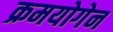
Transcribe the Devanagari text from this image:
क्रमयोगेन